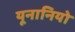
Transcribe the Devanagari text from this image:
यूनानियो